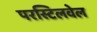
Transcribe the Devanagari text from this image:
परस्टिलवेल